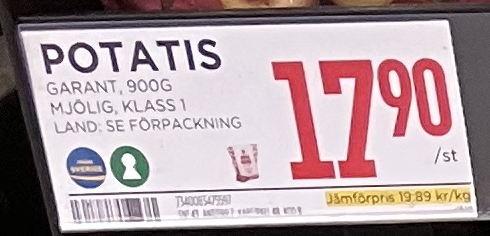
Vara: Potatis
Genomsnittspris: 19.89 per kg